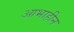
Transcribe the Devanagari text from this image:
आभाहीन